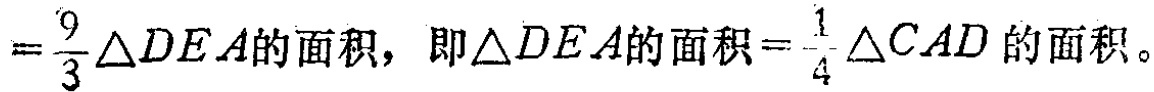
$=\frac{9}{3}\triangle DEA的面积，即\triangle DEA的面积=\frac{1}{4}\triangle CAD的面积。$